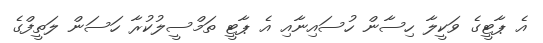
އެ ޕާޓީގެ ވަކީލާ ހިސާން ހުސައިނާއި އެ ޕާޓީ ތަމްސީލުކުރާ ހަސަން ލަތީފްގެ